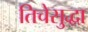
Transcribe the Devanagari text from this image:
तिचेसुद्धा